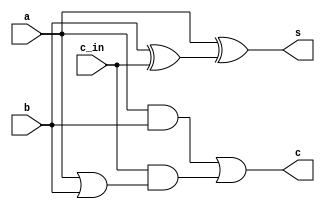
`ifndef _full_adder
`define _full_adder

module full_adder(
		input	a,
		input	b,
		input	c_in,
		output	s,
		output	c);

	assign s = a ^ (b ^ c_in);
	assign c = (a & b) | (c_in & (a | b));

endmodule

`endif